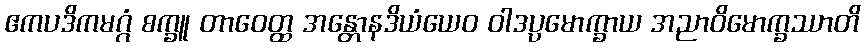
ဧကပဒိကမဂ္ဂံ စက္ခူ တာဝေတ္ထ အန္တောနဒိယံယေဝ ဝါဒပ္ပမောက္ခာယ အညာဝိမောက္ခဿာတိ